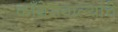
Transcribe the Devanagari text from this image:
काँग्रेसवाल्यांचे